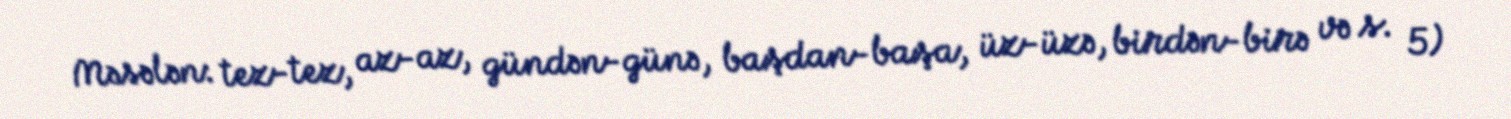
Məsələn: tez-tez, az-az, gündən-günə, başdan-başa, üz-üzə, birdən-birə və s. 5)